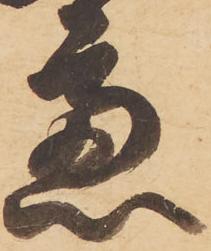
慮